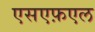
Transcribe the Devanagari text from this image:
एसएफ़एल